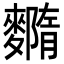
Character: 𪍳